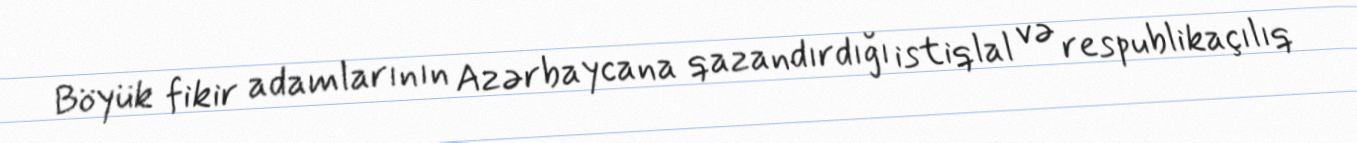
Böyük fikir adamlarının Azərbaycana qazandırdığı istiqlal və respublikaçılıq